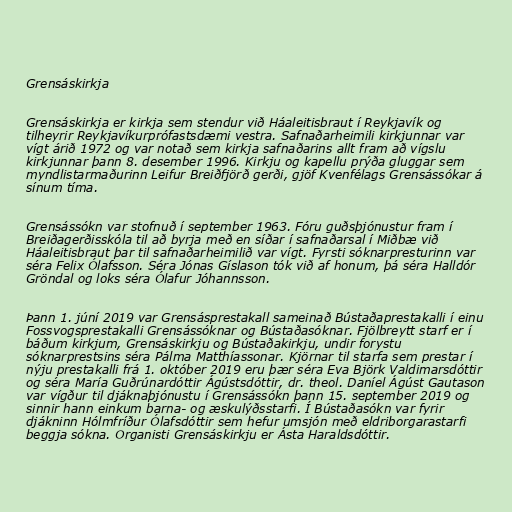
Grensáskirkja

Grensáskirkja er kirkja sem stendur við Háaleitisbraut í Reykjavík og
tilheyrir Reykjavíkurprófastsdæmi vestra. Safnaðarheimili kirkjunnar var
vígt árið 1972 og var notað sem kirkja safnaðarins allt fram að vígslu
kirkjunnar þann 8. desember 1996. Kirkju og kapellu prýða gluggar sem
myndlistarmaðurinn Leifur Breiðfjörð gerði, gjöf Kvenfélags Grensássókar á
sínum tíma.

Grensássókn var stofnuð í september 1963. Fóru guðsþjónustur fram í
Breiðagerðisskóla til að byrja með en síðar í safnaðarsal í Miðbæ við
Háaleitisbraut þar til safnaðarheimilið var vígt. Fyrsti sóknarpresturinn var
séra Felix Ólafsson. Séra Jónas Gíslason tók við af honum, þá séra Halldór
Gröndal og loks séra Ólafur Jóhannsson.

Þann 1. júní 2019 var Grensásprestakall sameinað Bústaðaprestakalli í einu
Fossvogsprestakalli Grensássóknar og Bústaðasóknar. Fjölbreytt starf er í
báðum kirkjum, Grensáskirkju og Bústaðakirkju, undir forystu
sóknarprestsins séra Pálma Matthíassonar. Kjörnar til starfa sem prestar í
nýju prestakalli frá 1. október 2019 eru þær séra Eva Björk Valdimarsdóttir
og séra María Guðrúnardóttir Ágústsdóttir, dr. theol. Daníel Ágúst Gautason
var vígður til djáknaþjónustu í Grensássókn þann 15. september 2019 og
sinnir hann einkum barna- og æskulýðsstarfi. Í Bústaðasókn var fyrir
djákninn Hólmfríður Ólafsdóttir sem hefur umsjón með eldriborgarastarfi
beggja sókna. Organisti Grensáskirkju er Ásta Haraldsdóttir.